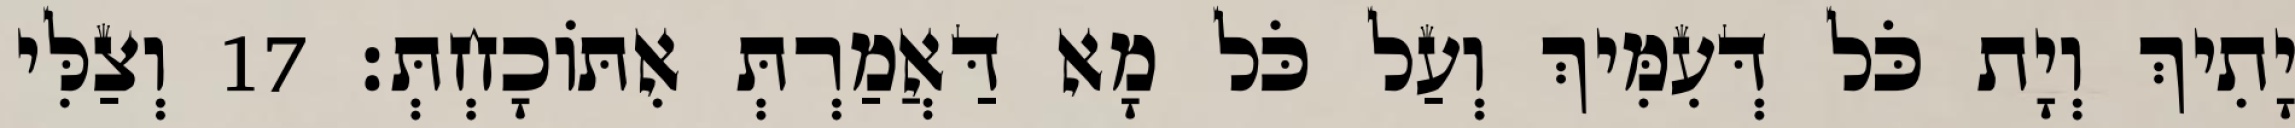
יָתִיךְ וְיָת כֹּל דְּעִמִּיךְ וְעַל כֹּל מָא דַּאֲמַרְתְּ אִתּוֹכָחְתְּ׃ 17 וְצַלִּי